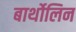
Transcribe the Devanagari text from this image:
बार्थोलिन